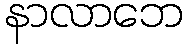
နာလာဘေ